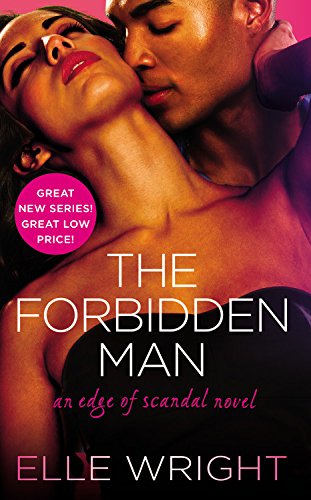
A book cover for The Forbidden Man (Edge of Scandal); Elle Wright; Romance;